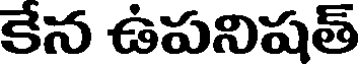
కేన ఉపనిషత్